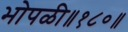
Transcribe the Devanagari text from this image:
भोपळी॥१८०॥